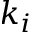
k _ { i }